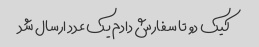
کیک دو تا سفارش دادم یک عدد ارسال شد